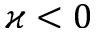
\varkappa < 0